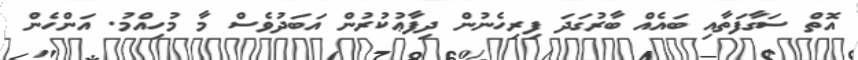
އޮތް ސަގާފަތާއި ބައެއް ބާރުގަދަ ފިރިހެނުން ދިފާޢުކުރުން އަބަދުވެސް މާ މުހިއްމު. އަންހެން